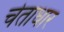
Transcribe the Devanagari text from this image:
चेताधार